Indian Medical Review
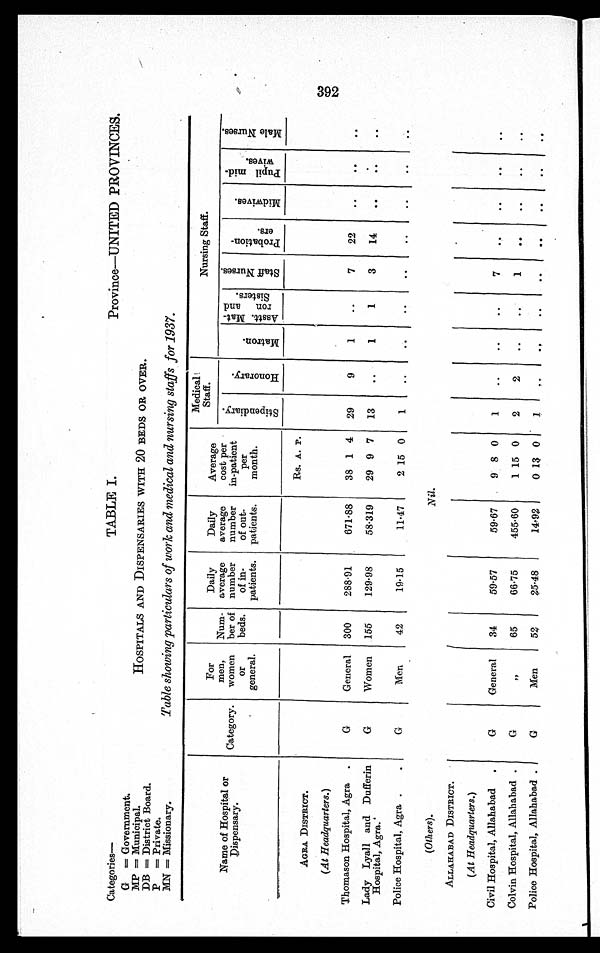
Categories—
G = Government.
MP = Municipal.
DB = District Board.
P = Private.
MN = Missionary.
TABLE I.
Province—UNITED PROVINCES.
HOSPITALS AND DISPENSARIES WITH 20 BEDS OR OVER.
Table showing particulars of work and medical and nursing staffs for 1937.
Name of Hospital or
Dispensary.
Category.
For
men,
women
or
general.
Num-
ber of
beds.
Daily
average
number
of in-
patients.
Daily
average
number
of out-
patients.
Average
cost per
in-patient
per
month.
Medical
Staff.
Nursing Staff.
S t i p e n d i a r y .
H o n o r a r y .
M a t r o n .
A s s t t . M a t - r o n a n d S i s t e r s .
S t a f f N u r s e s .
P r o b a t i o n e r s .
M i d w i v e s .
P u p i l m i d - w i v e s .
M a l e N u r s e s .
AGRA DISTRICT.
Rs. A. P.
(At Headquarters.)
Thomason Hospital, Agra
G
General 300 288.91
671.88 38 1 4 29
9
1
7 22
Lady Lyall and Dufferin
Hospital, Agra.
G
Women 155
129.98
58.319 29 9 7 13
1
1
3 14
Police Hospital, Agra.
G
Men
42
19.15
11.47
2 15 0 1
(Others).
Nil.
ALLAHABAD DISTRICT.
(At Headquarters.)
Civil Hospital, Allahabad
G
General 34
59.57
59.67
9 8 0 1
7
Colvin Hospital, Allahabad
G
" 65
66.75
455.60
1 15 0 2
2
1
Police Hospital, Allahabad.
G
Men
52
25.48
14.92
0 13 0 1